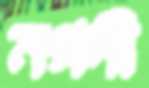
নগদী